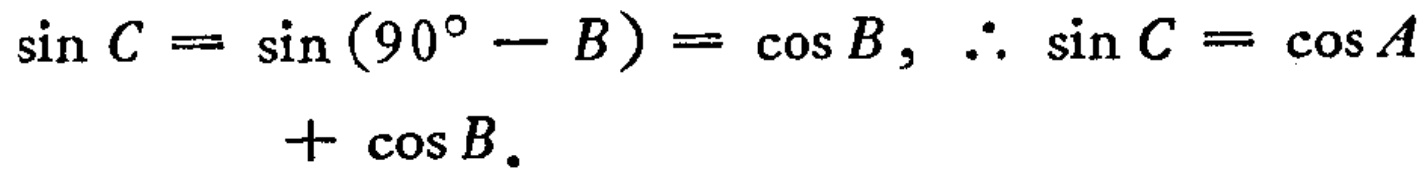
\(\sin C = \sin(90^{\circ}-B)=\cos B,\therefore \sin C=\cos A+\cos B.\)